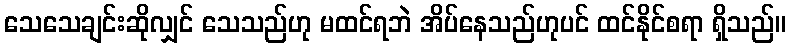
သေသေချင်းဆိုလျှင် သေသည်ဟု မထင်ရဘဲ အိပ်နေသည်ဟုပင် ထင်နိုင်စရာ ရှိသည်။